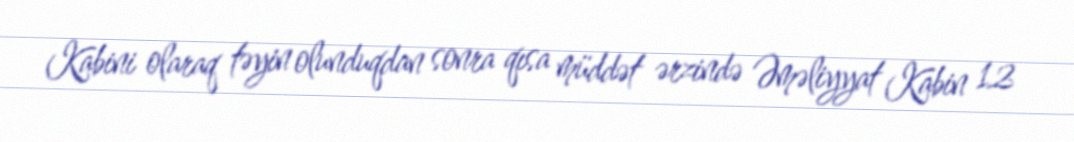
Kabini olaraq təyin olunduqdan sonra qısa müddət ərzində Əməliyyat Kabin 12